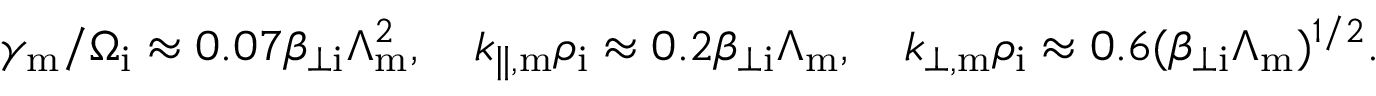
\gamma _ { \mathrm { m } } / \Omega _ { \mathrm { i } } \approx 0 . 0 7 \beta _ { \perp \mathrm { i } } \Lambda _ { \mathrm { m } } ^ { 2 } , \quad k _ { \parallel , \mathrm { m } } \rho _ { \mathrm { i } } \approx 0 . 2 \beta _ { \perp \mathrm { i } } \Lambda _ { \mathrm { m } } , \quad k _ { \perp , \mathrm { m } } \rho _ { \mathrm { i } } \approx 0 . 6 ( \beta _ { \perp \mathrm { i } } \Lambda _ { \mathrm { m } } ) ^ { 1 / 2 } .